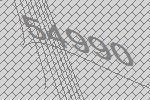
54990